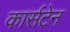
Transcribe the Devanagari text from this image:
कार्सटेन